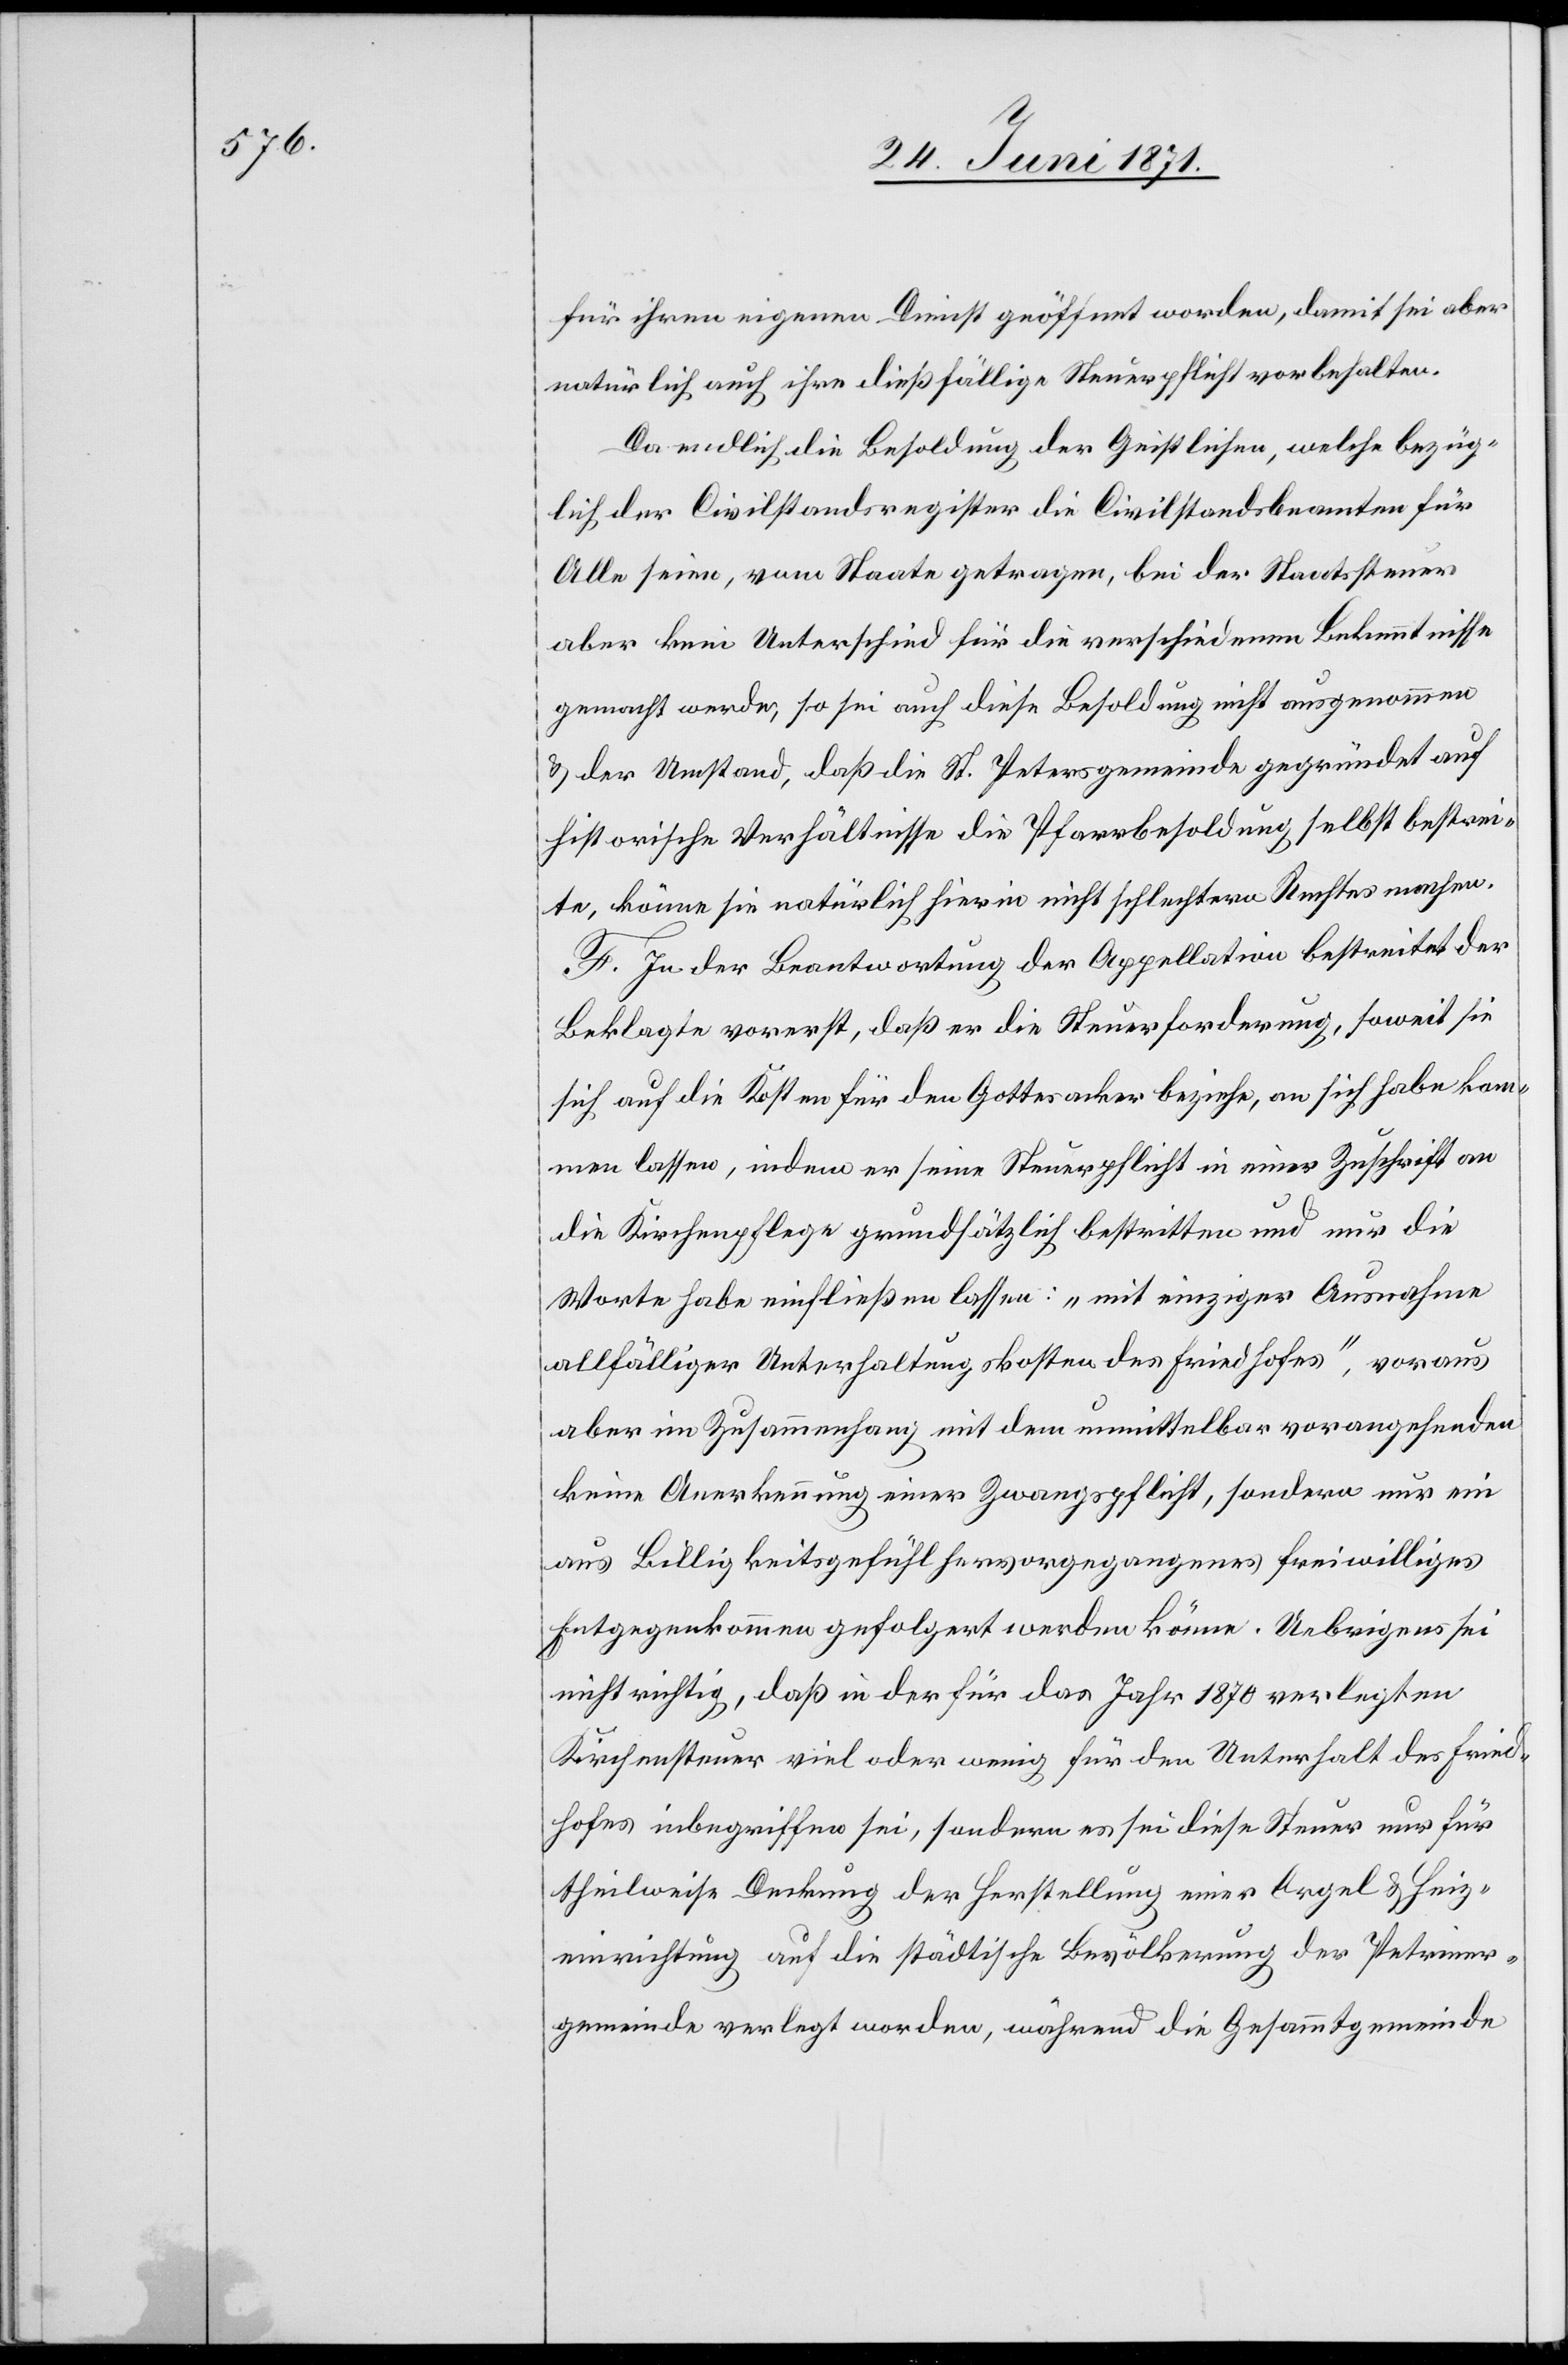
für ihren eigenen Dienst geöffnet worden, damit sei aber
natürlich auch ihre dießfällige Steuerpflicht vorbehalten.
Da endlich die Besoldung der Geistlichen, welche bezüg¬
lich der Civilstandsregister die Civilstandsbeamten für
Alle seine, vom Staate getragen, bei der Staatssteuer
aber kein Unterschied für die verschiedenen Bekenntnisse
gemacht werde, so sei auch diese Besoldung nicht ausgenommen
u. der Umstand, daß die St. Petersgemeinde gegründet auf
historische Verhältnisse die Pfarrbesoldung selbst bestrei¬
te, könne sie natürlich hierin nicht schlechtern Rechtes machen.
F. In der Beantwortung der Appellatin bestreitet der
Beklagte vorerst, daß er die Steuerforderung, soweit sie
sich auf die Kosten für den Gottesacker beziehe, an sich habe kom¬
men lassen, indem er seine Steuerpflicht in einer Zuschrift an
die Kirchenpflege grundsätzlich bestritten und nur die
Worte habe einfließen lassen: „mit einziger Ausnahme
allfälliger Unterhaltungskosten des Friedhofes“, voraus
aber im Zusammenhang mit dem unmittelbar vorangehenden
keine Anerkennung einer Zwangspflicht, sondern nur ein
aus Billigkeitsgefühl hervorgegangenes freiwilliges
Entgegenkommen gefolgert werden könne. Uebrigens sei
nicht richtig, daß in der für das Jahr 1870 verlegten
Kirchensteuer viel oder wenig für den Unterhalt des Fried¬
hofes inbegriffen sei, sondern es sei diese Steuer nur für
theilweise Deckung der Herstellung einer Petriner¬
gemeinde verlegt worden, während die Gesammtgemeinde